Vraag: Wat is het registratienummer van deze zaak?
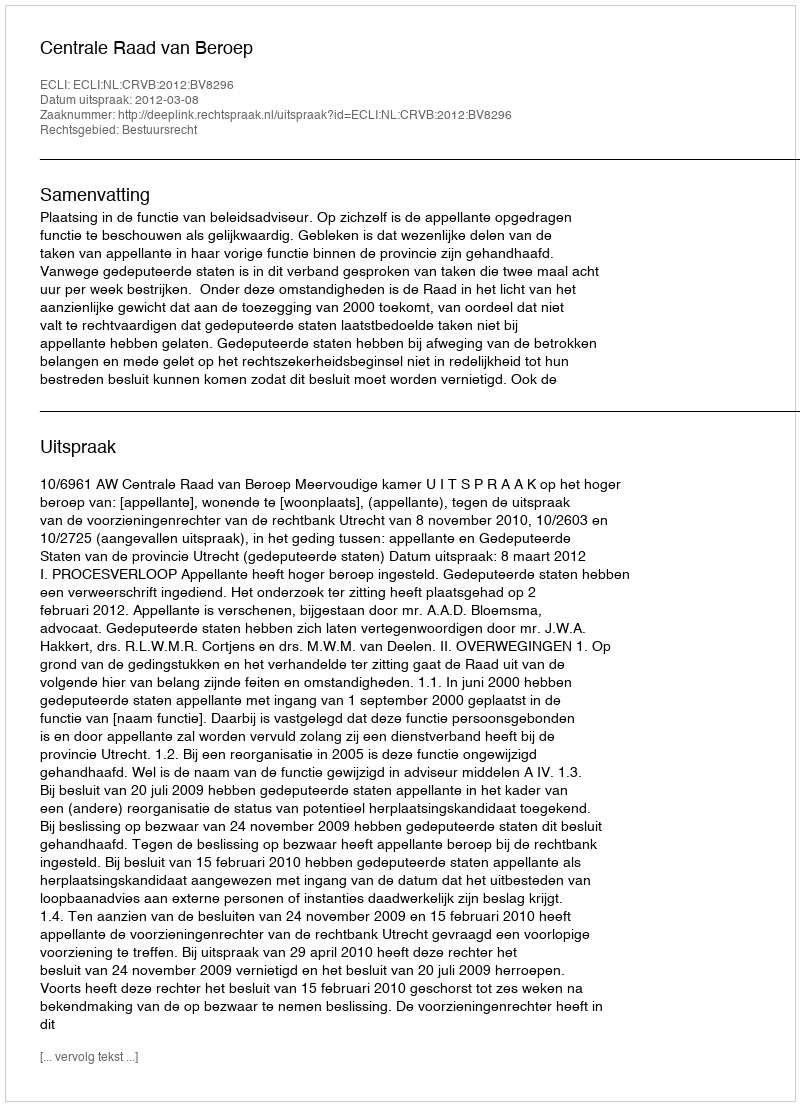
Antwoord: http://deeplink.rechtspraak.nl/uitspraak?id=ECLI:NL:CRVB:2012:BV8296